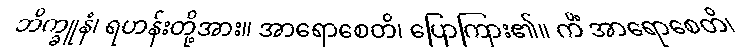
ဘိက္ခူနံ၊ ရဟန်းတို့အား။ အာရောစေတိ၊ ပြောကြား၏။ ကိံ အာရောစေတိ၊